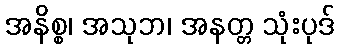
အနိစ္စ၊ အသုဘ၊ အနတ္တ သုံးပုဒ်